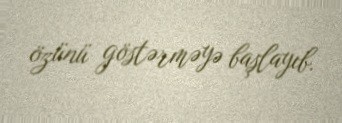
özünü göstərməyə başlayıb.